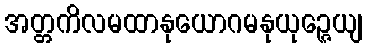
အတ္တကိလမထာနုယောဂမနုယုဉ္ဇေယျ